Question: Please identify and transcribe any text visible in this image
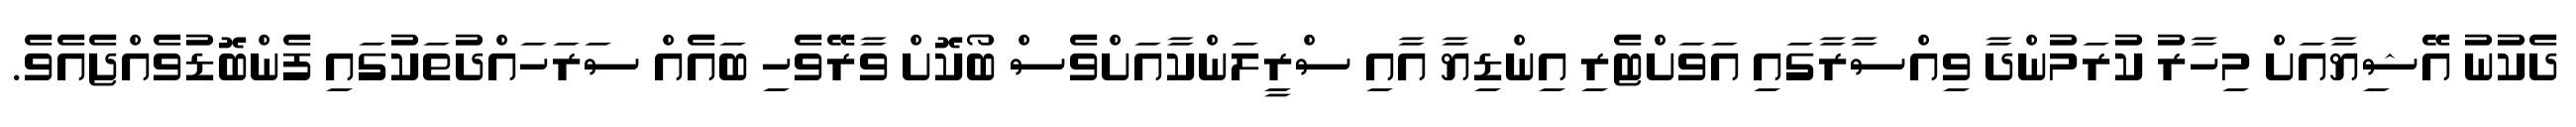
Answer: ދެކުނު އޭޝިޔާއަށް މިހާރު ކުރަމުންދާ ވިއްސާރާގައި އަވަށްޓެރި އިންޑިޔާ އާއި ސްރީލަންކާއަށްވެސް ބޯކޮށް ވާރޭވެހި ބައެއް ސަރަހައްދުތަކުގައި ފެންބޮޑުވެއްޖެއެވެ.